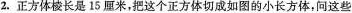
2.正方体棱长是15厘米，把这个正方体切成如图的小长方体，问这些